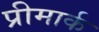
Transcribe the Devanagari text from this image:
प्रीमार्क